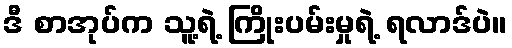
ဒီ စာအုပ်က သူ့ရဲ့ ကြိုးပမ်းမှုရဲ့ ရလာဒ်ပဲ။